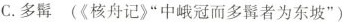
C.多髯(《核舟记》"中峨冠而多髯者为东坡")